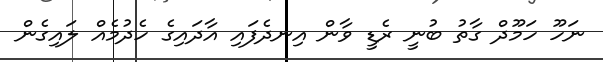
ނަހޫ ހަމޫދް ގާތު ބުނީ ރެޑީ ވާން އިނދެފައި އާދައިގެ ހެދުމެއް ލައިގެން